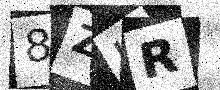
Text: 8ZUR